system: You are a helpful assistant.
user:
Analyze the provided spectrum to determine if it is a **Carbon Star (C-type)**.

- **Key Visual Indicators of Carbon Star:**
    - **(Primary):** Strong molecular absorption from **C₂ (diatomic carbon) "Swan Bands."** This is the **defining feature** of a carbon star.
        - **(Key Bandheads):** Sharp absorption edges are visible at approximately $5635$ Å, $5165$ Å (the strongest band), and $4737$ Å.
        - **(Line Profile):** Creates a distinct **"saw-tooth"** pattern. The key morphology is a sharp, steep bandhead on the **red (long-wavelength) side**, which then gradually tapers off (i.e., flux recovers) towards the **blue (short-wavelength) side**. *(This is the direct opposite of the TiO bands seen in M-type stars)*.

    - **(Secondary):** Intense **CN (cyanogen)** molecular absorption bands.
        - **(Key Bandheads):** Located in the blue and violet regions of the spectrum (e.g., near $4215$ Å and $3883$ Å).
        - **(Morphology):** These bands are extremely broad and act as a "blanket," absorbing the vast majority of blue and violet light. This creates a characteristic **"cliff"** or **"steep drop-off"** in the spectrum's flux at short wavelengths.

    - **(Key Confirmation):** Strong **CH absorption band (G-band)**.
        - **(Key Bandhead):** Located around $4300$ Å. The contribution from CH molecules to this band is exceptionally strong.

    - **(Overall Spectrum):**
        - The continuum is severely "chopped up" by these deep molecular bands, especially C₂, rather than appearing as a smooth curve.
        - Due to the heavy CN and C₂ absorption in the blue-green, the vast majority of the star's flux is concentrated in the red part of the spectrum, giving the star its characteristic deep red color.

Think first, call **spectral_visualization_tool** if needed to examine features in detail, then provide your final answer. Your response must adhere to the following strict rules:
1.  **Overall Structure:** Your response must follow the format `<think>...</think> <tool_call>...</tool_call> (if a tool is used) <answer>...</answer>`.
2.  **Tool Usage Constraint:** You may only make **one** tool call per turn.
3.  **Final Answer Format:** In the `<answer>` tag, your conclusion must be inside a `\boxed{}` command (e.g., `\boxed{YES}`), followed by your justification.

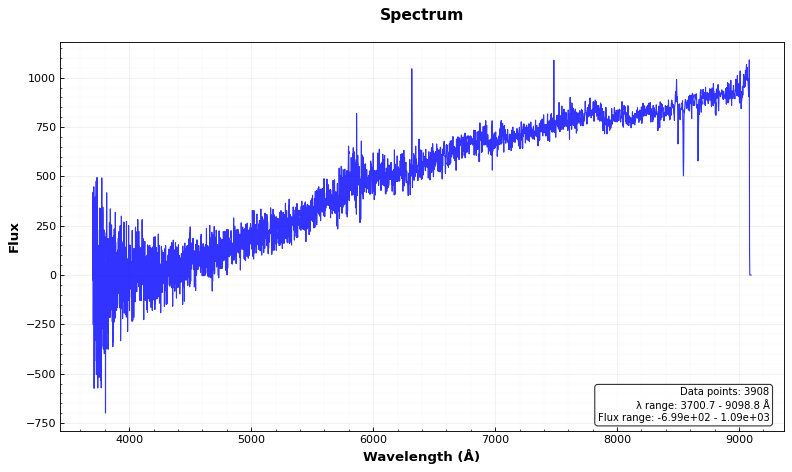
Answer: NO